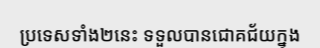
ប្រទេសទាំង២នេះ ទទួលបានជោគជ័យក្នុង